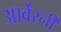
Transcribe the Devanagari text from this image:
आर्वेरनी